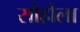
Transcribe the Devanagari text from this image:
सोहोला